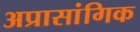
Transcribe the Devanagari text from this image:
अप्रासांगिक